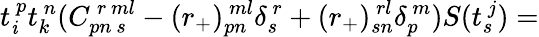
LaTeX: t_{\mathit{i}}^{~p}t_{k}^{~n}(C_{pn~s}^{~r~ml}-(r_{+})_{pn}^{~ml}\delta_{s}^{~r}+(r_{+})_{sn}^{~rl}\delta_{p}^{~m})S(t_{s}^{~j})=